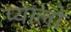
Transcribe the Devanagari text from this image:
प्यालो